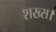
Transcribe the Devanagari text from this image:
शख्स।